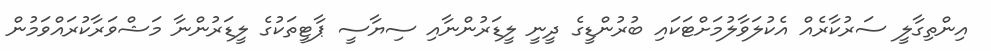
އިންތިގާލީ ސަރުކާރެއް އެކުލަވާލުމަށްޓަކައި ބުރުންޑީގެ ދީނީ ލީޑަރުންނާއި ސިޔާސީ ޕާޓީތަކުގެ ލީޑަރުންނާ މަޝްވަރާކުރައްވަމުން